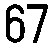
67